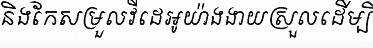
និងកែសម្រួលវីដេអូយ៉ាងងាយស្រួលដើម្បី